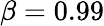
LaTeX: \beta=0.99